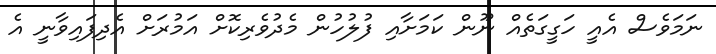
ނަމަވެސް އެއީ ހަގީގަތެއް ނޫން ކަމަށާއި ފުލުހުން މެދުވެރިކޮށް އަމުރަށް އެދިފައިވާނީ އެ